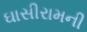
ઘાસીરામની